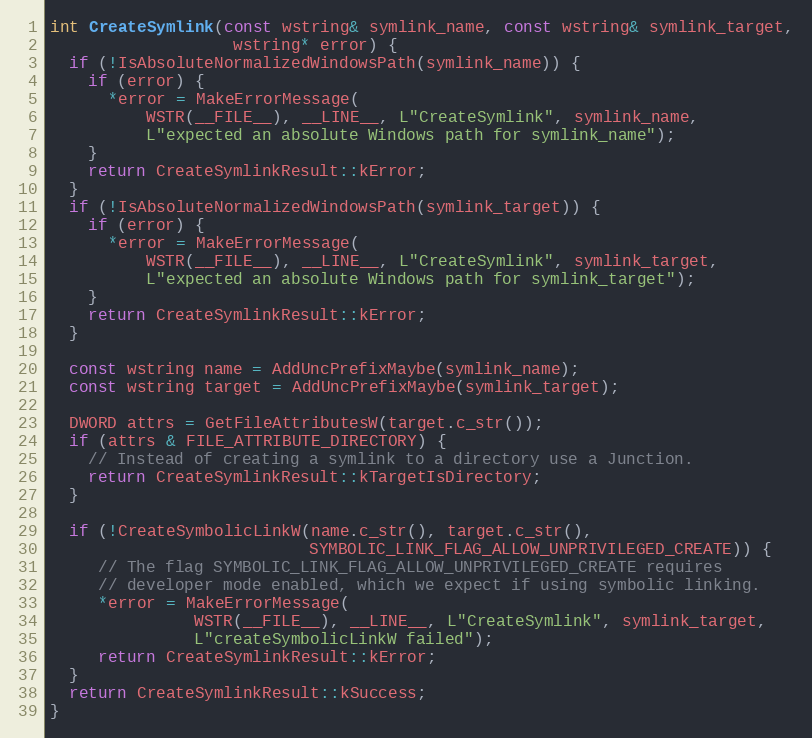
Language: C++
int CreateSymlink(const wstring& symlink_name, const wstring& symlink_target,
                   wstring* error) {
  if (!IsAbsoluteNormalizedWindowsPath(symlink_name)) {
    if (error) {
      *error = MakeErrorMessage(
          WSTR(__FILE__), __LINE__, L"CreateSymlink", symlink_name,
          L"expected an absolute Windows path for symlink_name");
    }
    return CreateSymlinkResult::kError;
  }
  if (!IsAbsoluteNormalizedWindowsPath(symlink_target)) {
    if (error) {
      *error = MakeErrorMessage(
          WSTR(__FILE__), __LINE__, L"CreateSymlink", symlink_target,
          L"expected an absolute Windows path for symlink_target");
    }
    return CreateSymlinkResult::kError;
  }

  const wstring name = AddUncPrefixMaybe(symlink_name);
  const wstring target = AddUncPrefixMaybe(symlink_target);

  DWORD attrs = GetFileAttributesW(target.c_str());
  if (attrs & FILE_ATTRIBUTE_DIRECTORY) {
    // Instead of creating a symlink to a directory use a Junction.
    return CreateSymlinkResult::kTargetIsDirectory;
  }

  if (!CreateSymbolicLinkW(name.c_str(), target.c_str(),
                           SYMBOLIC_LINK_FLAG_ALLOW_UNPRIVILEGED_CREATE)) {
     // The flag SYMBOLIC_LINK_FLAG_ALLOW_UNPRIVILEGED_CREATE requires
     // developer mode enabled, which we expect if using symbolic linking.
     *error = MakeErrorMessage(
               WSTR(__FILE__), __LINE__, L"CreateSymlink", symlink_target,
               L"createSymbolicLinkW failed");
     return CreateSymlinkResult::kError;
  }
  return CreateSymlinkResult::kSuccess;
}